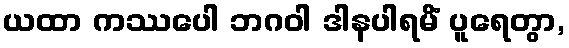
ယထာ ကဿပေါ ဘဂဝါ ဒါနပါရမိံ ပူရေတွာ,